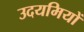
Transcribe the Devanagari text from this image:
उदयमियों